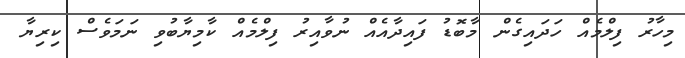
މިހާރު ފިލްމެއް ހަދައިގެން މާބޮޑު ފައިދާއެއް ނުވާއިރު ފިލްމެއް ކާމިޔާބުވި ނަމަވެސް ކިރިޔާ